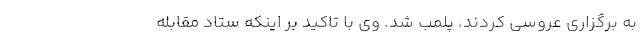
به برگزاری عروسی کردند، پلمب شد. وی با تاکید بر اینکه ستاد مقابله